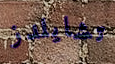
تشايلدز